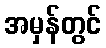
အမှန်တွင်